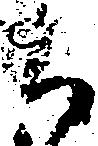
ち